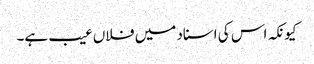
کیونکہ اس کی اسناد میں فلاں عیب ہے۔